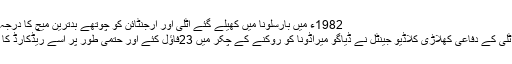
1982ء میں بارسلونا میں کھیلے گئے اٹلی اور ارجنٹائن کو چوتھے بدترین میچ کا درجہ حاصل ہے ،
اس میچ میں اٹلی کے دفاعی کھلاڑی کلاڈیو جینٹل نے ڈیاگو میراڈونا کو روکنے کے چکر میں 23فاؤل کئے اور حتمی طور پر اسے ریڈکارڈ کا سامناکرناپڑا۔